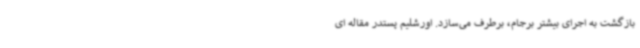
بازگشت به اجرای بیشتر برجام، برطرف می‌سازد. اورشلیم پستدر مقاله ای